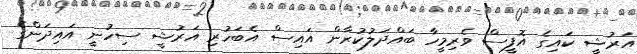
އަރުޝީ ކައިގެ އޮފީސް ވެރިމީހާ ބައްދަލުކުރާން އައިސް އެބަހުރި އަރުޝީ ސިހުނީ އައިދަންގެ